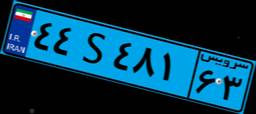
۴۴S۴۸۱۶۳